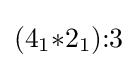
(4_{1}{*}2_{1}){:}3